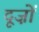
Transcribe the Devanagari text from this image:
दूज़ों